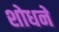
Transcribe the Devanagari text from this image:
शोधने